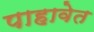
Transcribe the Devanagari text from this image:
पाहावेत